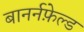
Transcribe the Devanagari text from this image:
बानर्नफ़ेल्ड